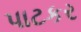
પાટકર